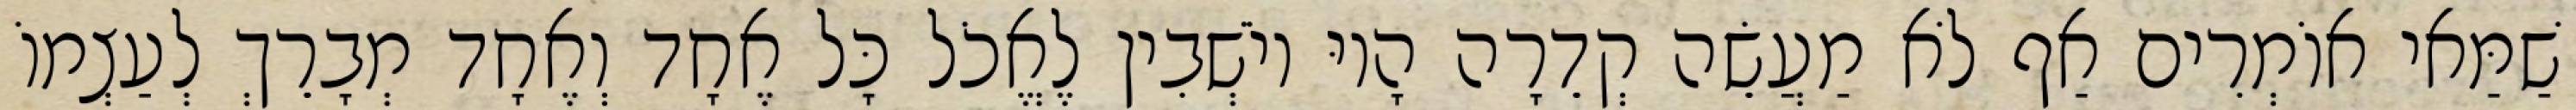
שַׁמַּאי אוֹמְרִים אַף לֹא מַעֲשֵׂה קְדֵרָה הָיוּ יוֹשְׁבִין לֶאֱכֹל כָּל אֶחָד וְאֶחָד מְבָרֵךְ לְעַצְמוֹ